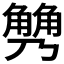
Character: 𧤢